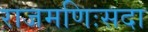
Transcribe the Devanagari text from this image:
राजमणिःसदा